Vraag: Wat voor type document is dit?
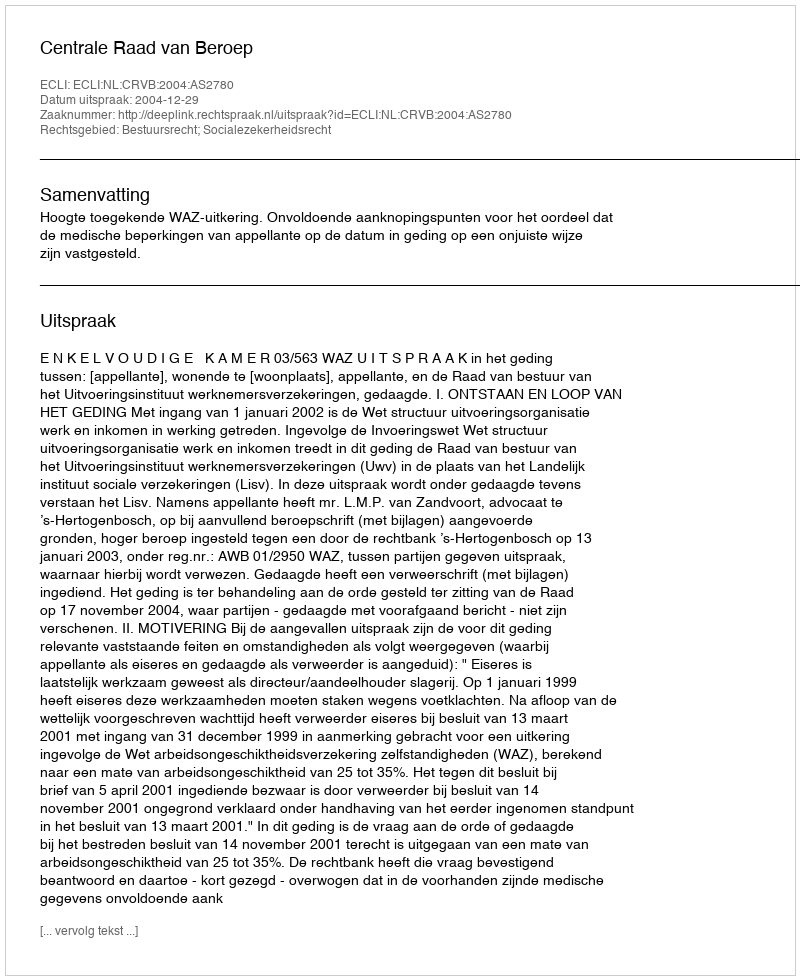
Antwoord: Uitspraak